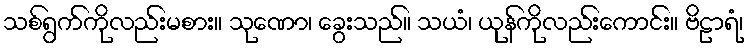
သစ်ရွက်ကိုလည်းမစား။ သုဏော၊ ခွေးသည်။ သယံ၊ ယုန်ကိုလည်းကောင်း။ ဗိဠာရံ၊